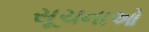
સૂચનાઓ